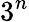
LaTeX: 3^{n}